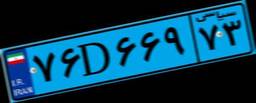
۷۶D۶۶۹۷۳